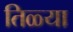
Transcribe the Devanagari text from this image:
तिळ्या